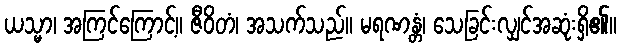
ယသ္မာ၊ အကြင်ကြောင့်။ ဇီဝိတံ၊ အသက်သည်။ မရဏန္တံ၊ သေခြင်းလျှင်အဆုံးရှိ၏။